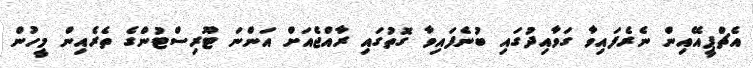
އެޗްޕީއޭއިން ނެރެފައިވާ ގަވާއިދުގައި ބުނެފައިވާ ގޮތުގައި ރާއްޖެއަށް އަންނަ ޓޫރިސްޓުންގެ ތެރެއިން މީހުން